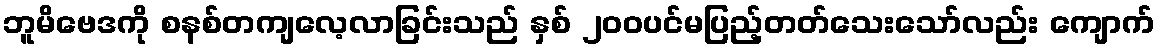
ဘူမိဗေဒကို စနစ်တကျလေ့လာခြင်းသည် နှစ် ၂၀၀ပင်မပြည့်တတ်သေးသော်လည်း ကျောက်